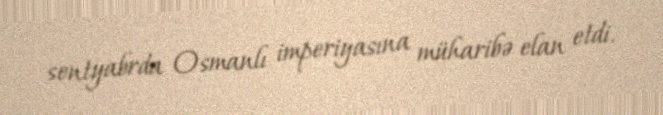
sentyabrda Osmanlı imperiyasına müharibə elan etdi.